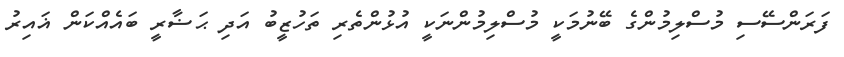
ފަރަންސޭސި މުސްލިމުންގެ ބޭނުމަކީ މުސްލިމުންނަކީ އުޅުންތެރި ތަހުޒީބު އަދި ޙަޟާރީ ބައެއްކަން ޣައިރު